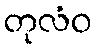
တုလံဝ